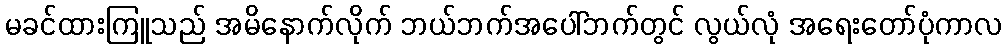
မခင်ထားကြူသည် အမိနောက်လိုက် ဘယ်ဘက်အပေါ်ဘက်တွင် လွယ်လုံ အရေးတော်ပုံကာလ